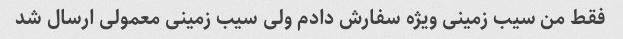
فقط من سیب زمینی ویژه سفارش دادم ولی سیب زمینی معمولی ارسال شد